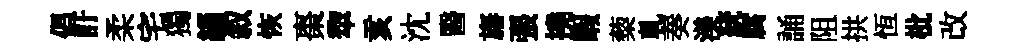
倡訏柔宅獨緇叙恢棗犂亥沈醫旛張撓暇蔾乹奏渼統腐誦阻拱恆枇改